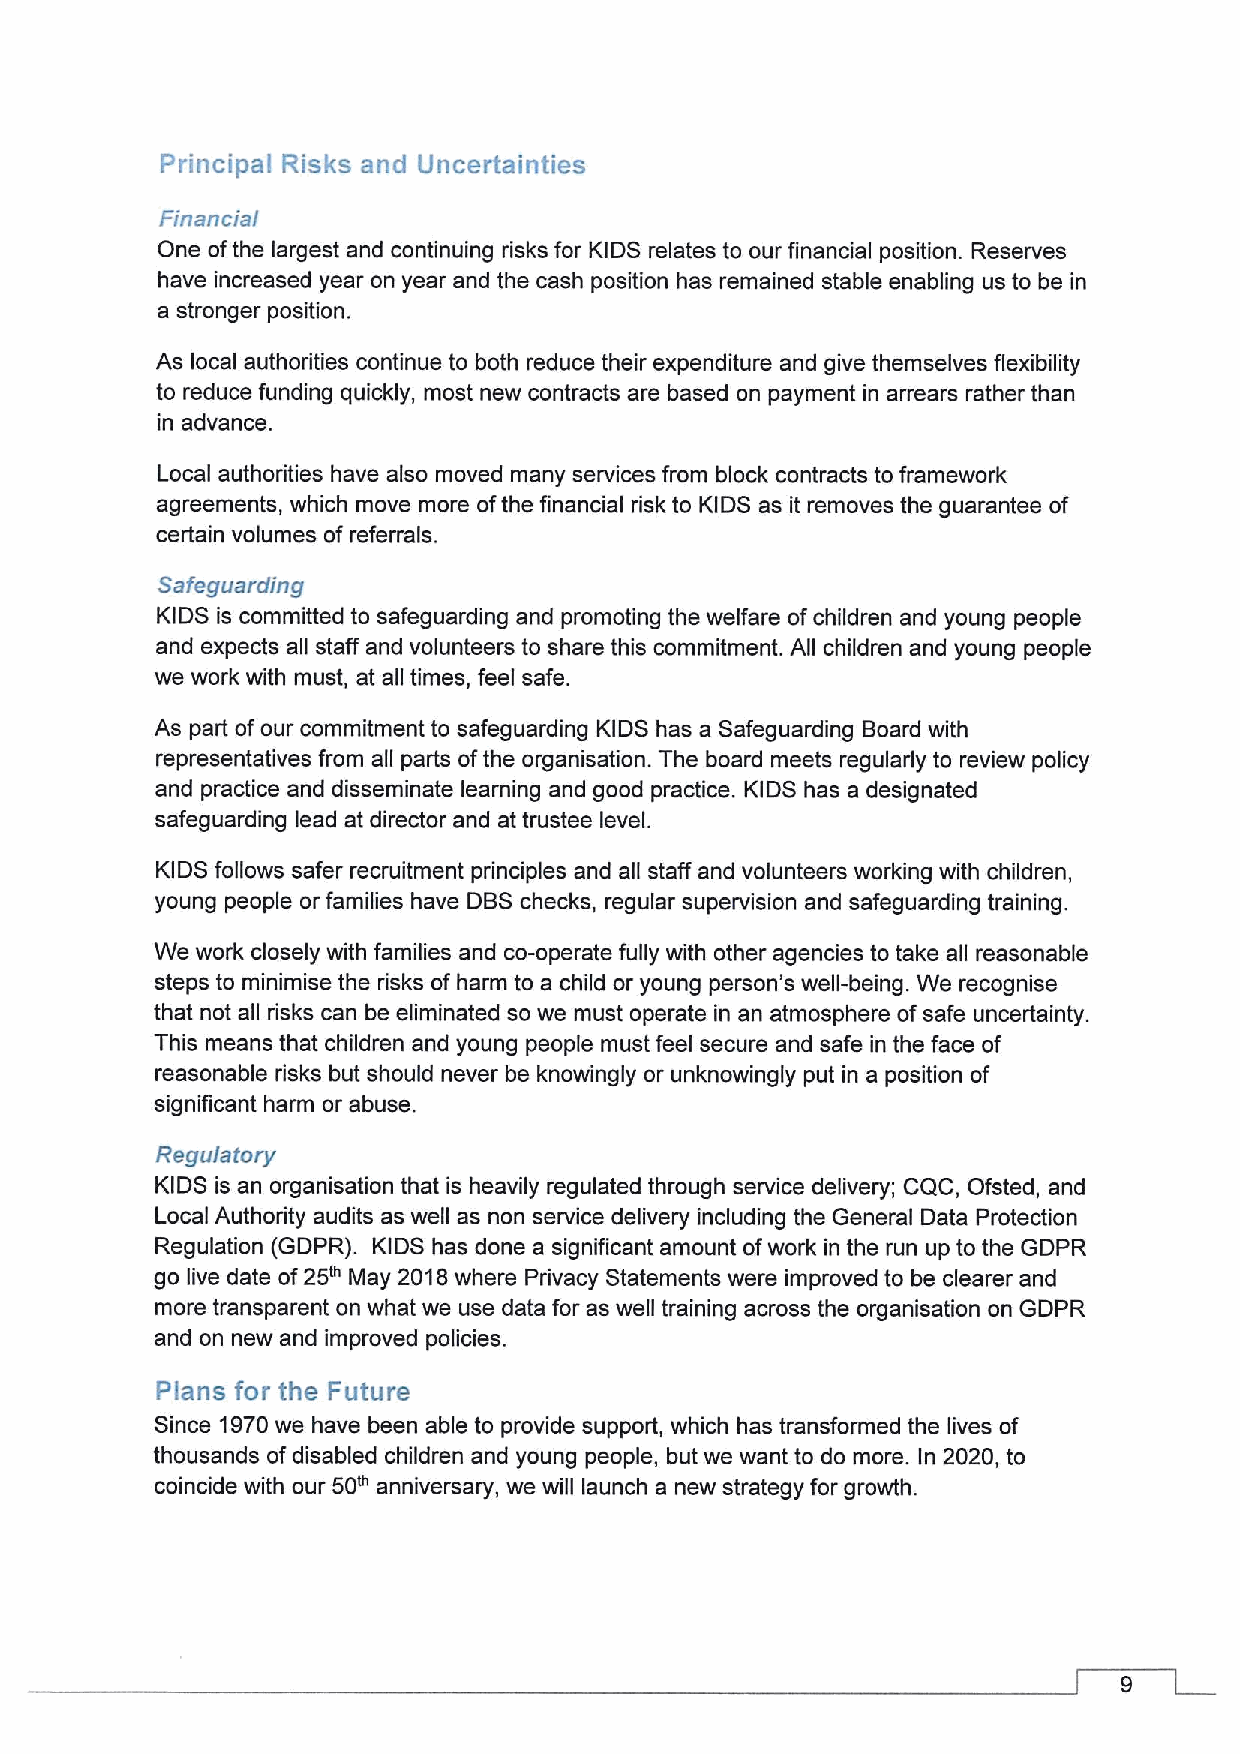
Principal Risks and Uncertainties
 Financial
 One ofthe largest and continuing risks for KIDS relates to our financial position. Reserves
 have increased year on year and the cash position has remained stable enabling us to be in
 a stronger position.
 As local authorities continue to both reduce their expenditure and give themselves flexibility
 to reduce funding quickly, most new contracts are based on payment in arrears rather than
 in advance.
 Local authorities have also moved many services from block contracts to framework
 agreements, which move more ofthe financial risk to KIDS as it removes the guarantee of
 certain volumes of referrals.
 Safeguarding
 KIDS is committed to safeguarding and promoting the welfare ofchildren and young people
 and expects all staff and volunteers to share this commitment. All children and young people
 we work with must, at all times, feel safe.
 As part ofour commitment to safeguarding KIDS has a Safeguarding Board with
 representatives from all parts ofthe organisation. The board meets regularly to review policy
 and practice and disseminate learning and good practice. KIDS has a designated
 safeguarding lead at director and at trustee level.
 KIDS follows safer recruitment principles and all staff and volunteers working with children,
 young people or families have DBS checks, regular supervision and safeguarding training.
 We work closely with families and co-operate fully with other agencies to take all reasonable
 steps to minimise the risks of harm to a child or young person's well-being. We recognise
 that not all risks can be eliminated so we must operate in an atmosphere ofsafe uncertainty.
 This means that children and young people must feel secure and safe in the face of
 reasonable risks but should never be knowingly or unknowingly put in a position of
 significant harm or abuse.
 Regulatory
 KIDS is an organisation that is heavily regulated through service delivery; CQC, Ofsted, and
 Local Authority audits as well as non service delivery including the General Data Protection
 Regulation (GDPR). KIDS has done a significant amount ofwork in the run up to the GDPR
 go live date of25~ May 2018where Privacy Statements were improved to be clearer and
 more transparent on what we use data for as well training across the organisation on GDPR
 and on new and improved policies.
 Plans for the Future
 Since 1970we have been able to provide support, which has transformed the lives of
 thousands ofdisabled children and young people, but we want to do more. In 2020, to
 coincide with our 50~ anniversary, we will launch a new strategy for growth.